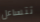
تتساءل